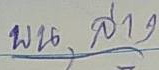
บน, ล่าง